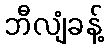
ဘီလျံခန့်